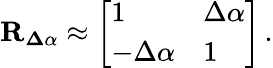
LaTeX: {\mathbf{R_{\Delta\alpha}}}\approx\left[\begin{array}{ll}{{1}}&{{\Delta\alpha}}\\ {{-\Delta\alpha}}&{{1}}\end{array}\right]\, .